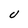
Character: U